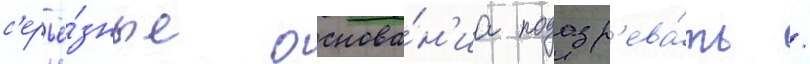
с'ерьё́зные основа́н'иа подозр'ева́ть /